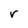
Character: r